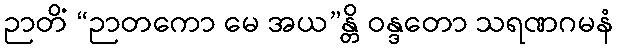
ဉာတိံ “ဉာတကော မေ အယ”န္တိ ဝန္ဒတော သရဏဂမနံ